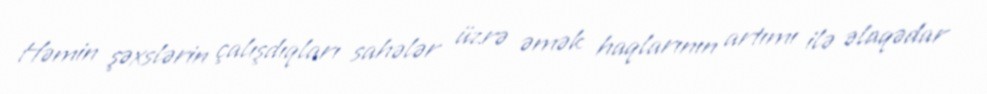
Həmin şəxslərin çalışdıqları sahələr üzrə əmək haqlarının artımı ilə əlaqədar